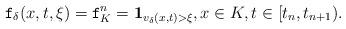
LaTeX: \begin{align*}\mathtt{f}_\delta(x,t,\xi)=\mathtt{f}^n_K=\mathbf{1}_{v_\delta(x,t)>\xi},x\in K, t\in[t_n,t_{n+1}).\end{align*}